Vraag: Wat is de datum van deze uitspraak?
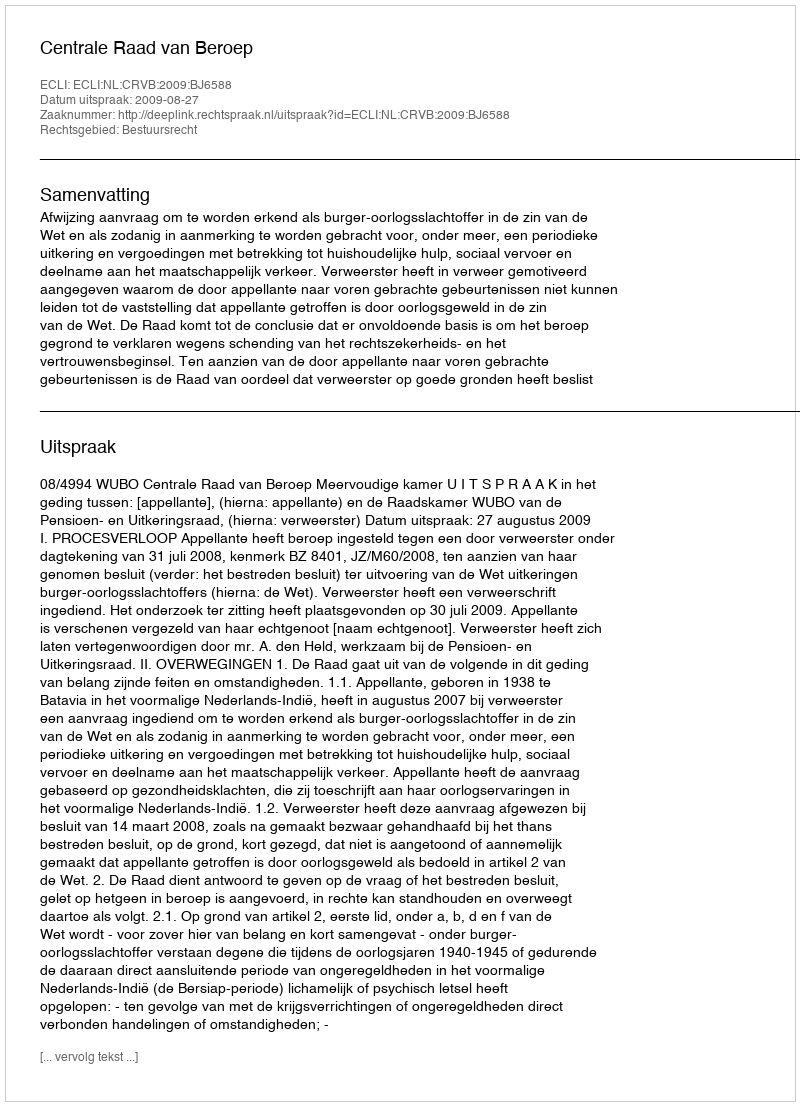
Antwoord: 2009-08-27